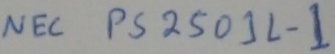
Text: NEC PS2501L